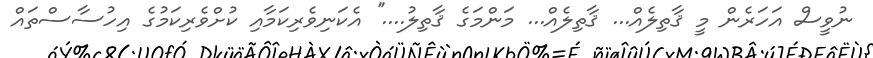
ނުވީސް އަހަރެން މީ ޤާތިލެއް... ޤާތިލެއް... މަންމަގެ ޤާތިލު....'' އެކަނިވެރިކަމާއި ކުށްވެރިކަމުގެ އިހުސާސްތައް